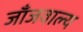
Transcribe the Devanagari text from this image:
जाँजवाल्य